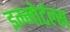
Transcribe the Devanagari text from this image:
इम्मोर्टल्स